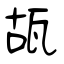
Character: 瓳